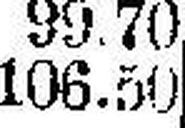
106.50